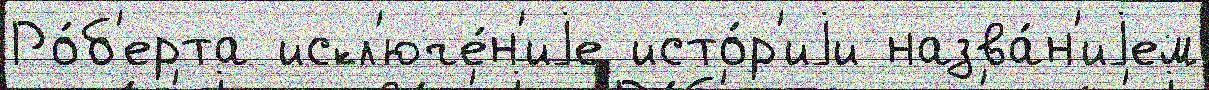
Ро́б'ерта искл'юче́н'иjе исто́р'иjи назва́н'иjем